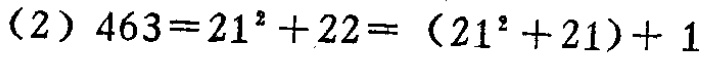
(2) \(463 = 21^{2}+22=(21^{2}+21)+1\)